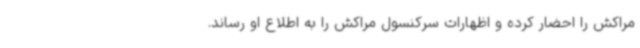
مراکش را احضار کرده و اظهارات سرکنسول مراکش را به اطلاع او رساند.